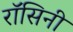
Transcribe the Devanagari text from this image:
रॉसिनी